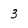
Character: 3